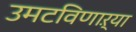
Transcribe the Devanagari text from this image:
उमटविणाऱ्या